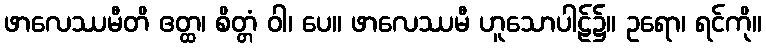
ဖာလေဿမီတိ ဧတ္ထ၊ စိတ္တံ ဝါ၊ ပေ။ ဖာလေဿမီ ဟူသောပါဠ်၌။ ဥရော၊ ရင်ကို။